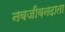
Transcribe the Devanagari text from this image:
नवजीवनदाता